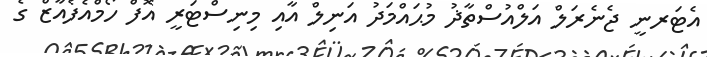
އެޓަރނީ ޖެނެރަލް އަލްއުސްތާޛު މުޙައްމަދު އަނިލް އާއި މިނިސްޓަރީ އޮފް ހޯމްއެފެއާޒް ގެ